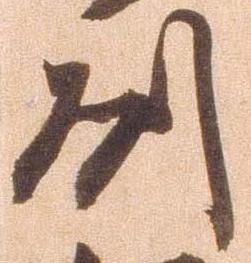
州